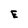
Character: E